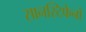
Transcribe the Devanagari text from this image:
सानस्टिफेनो